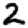
Digit: 2